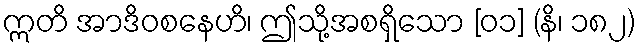
ဣတိ အာဒိဝစနေဟိ၊ ဤသို့အစရှိသော [၀၁] (နိ၊ ၁၈၂)